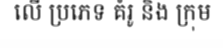
លើ ប្រភេទ គំរូ និង ក្រុម